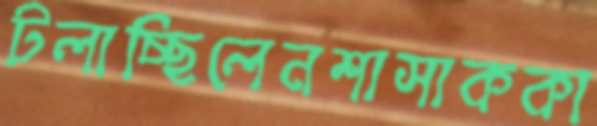
টলাচ্ছিলেনশাসাককা